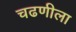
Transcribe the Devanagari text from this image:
चढणीला